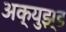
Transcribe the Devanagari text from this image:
अक्युझ्ड